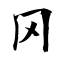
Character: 冈